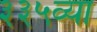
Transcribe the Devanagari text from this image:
३३५व्या